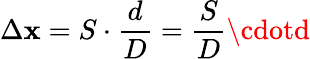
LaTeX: \Delta\mathbf{x}=S\cdot{\frac{{d}}{{D}}}={\frac{{S}}{{D}}}\cdotd